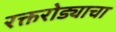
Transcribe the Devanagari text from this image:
रक्तरोड्याचा